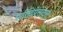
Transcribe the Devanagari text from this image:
एंटीडिप्रेसेन्ट्स